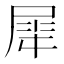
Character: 𫵠